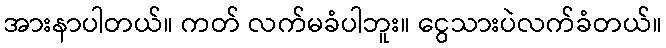
အားနာပါတယ်။ ကတ် လက်မခံပါဘူး။ ငွေသားပဲလက်ခံတယ်။